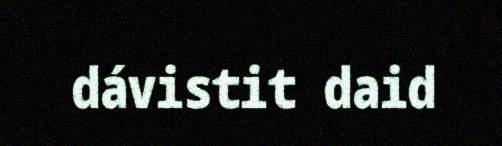
dávistit daid